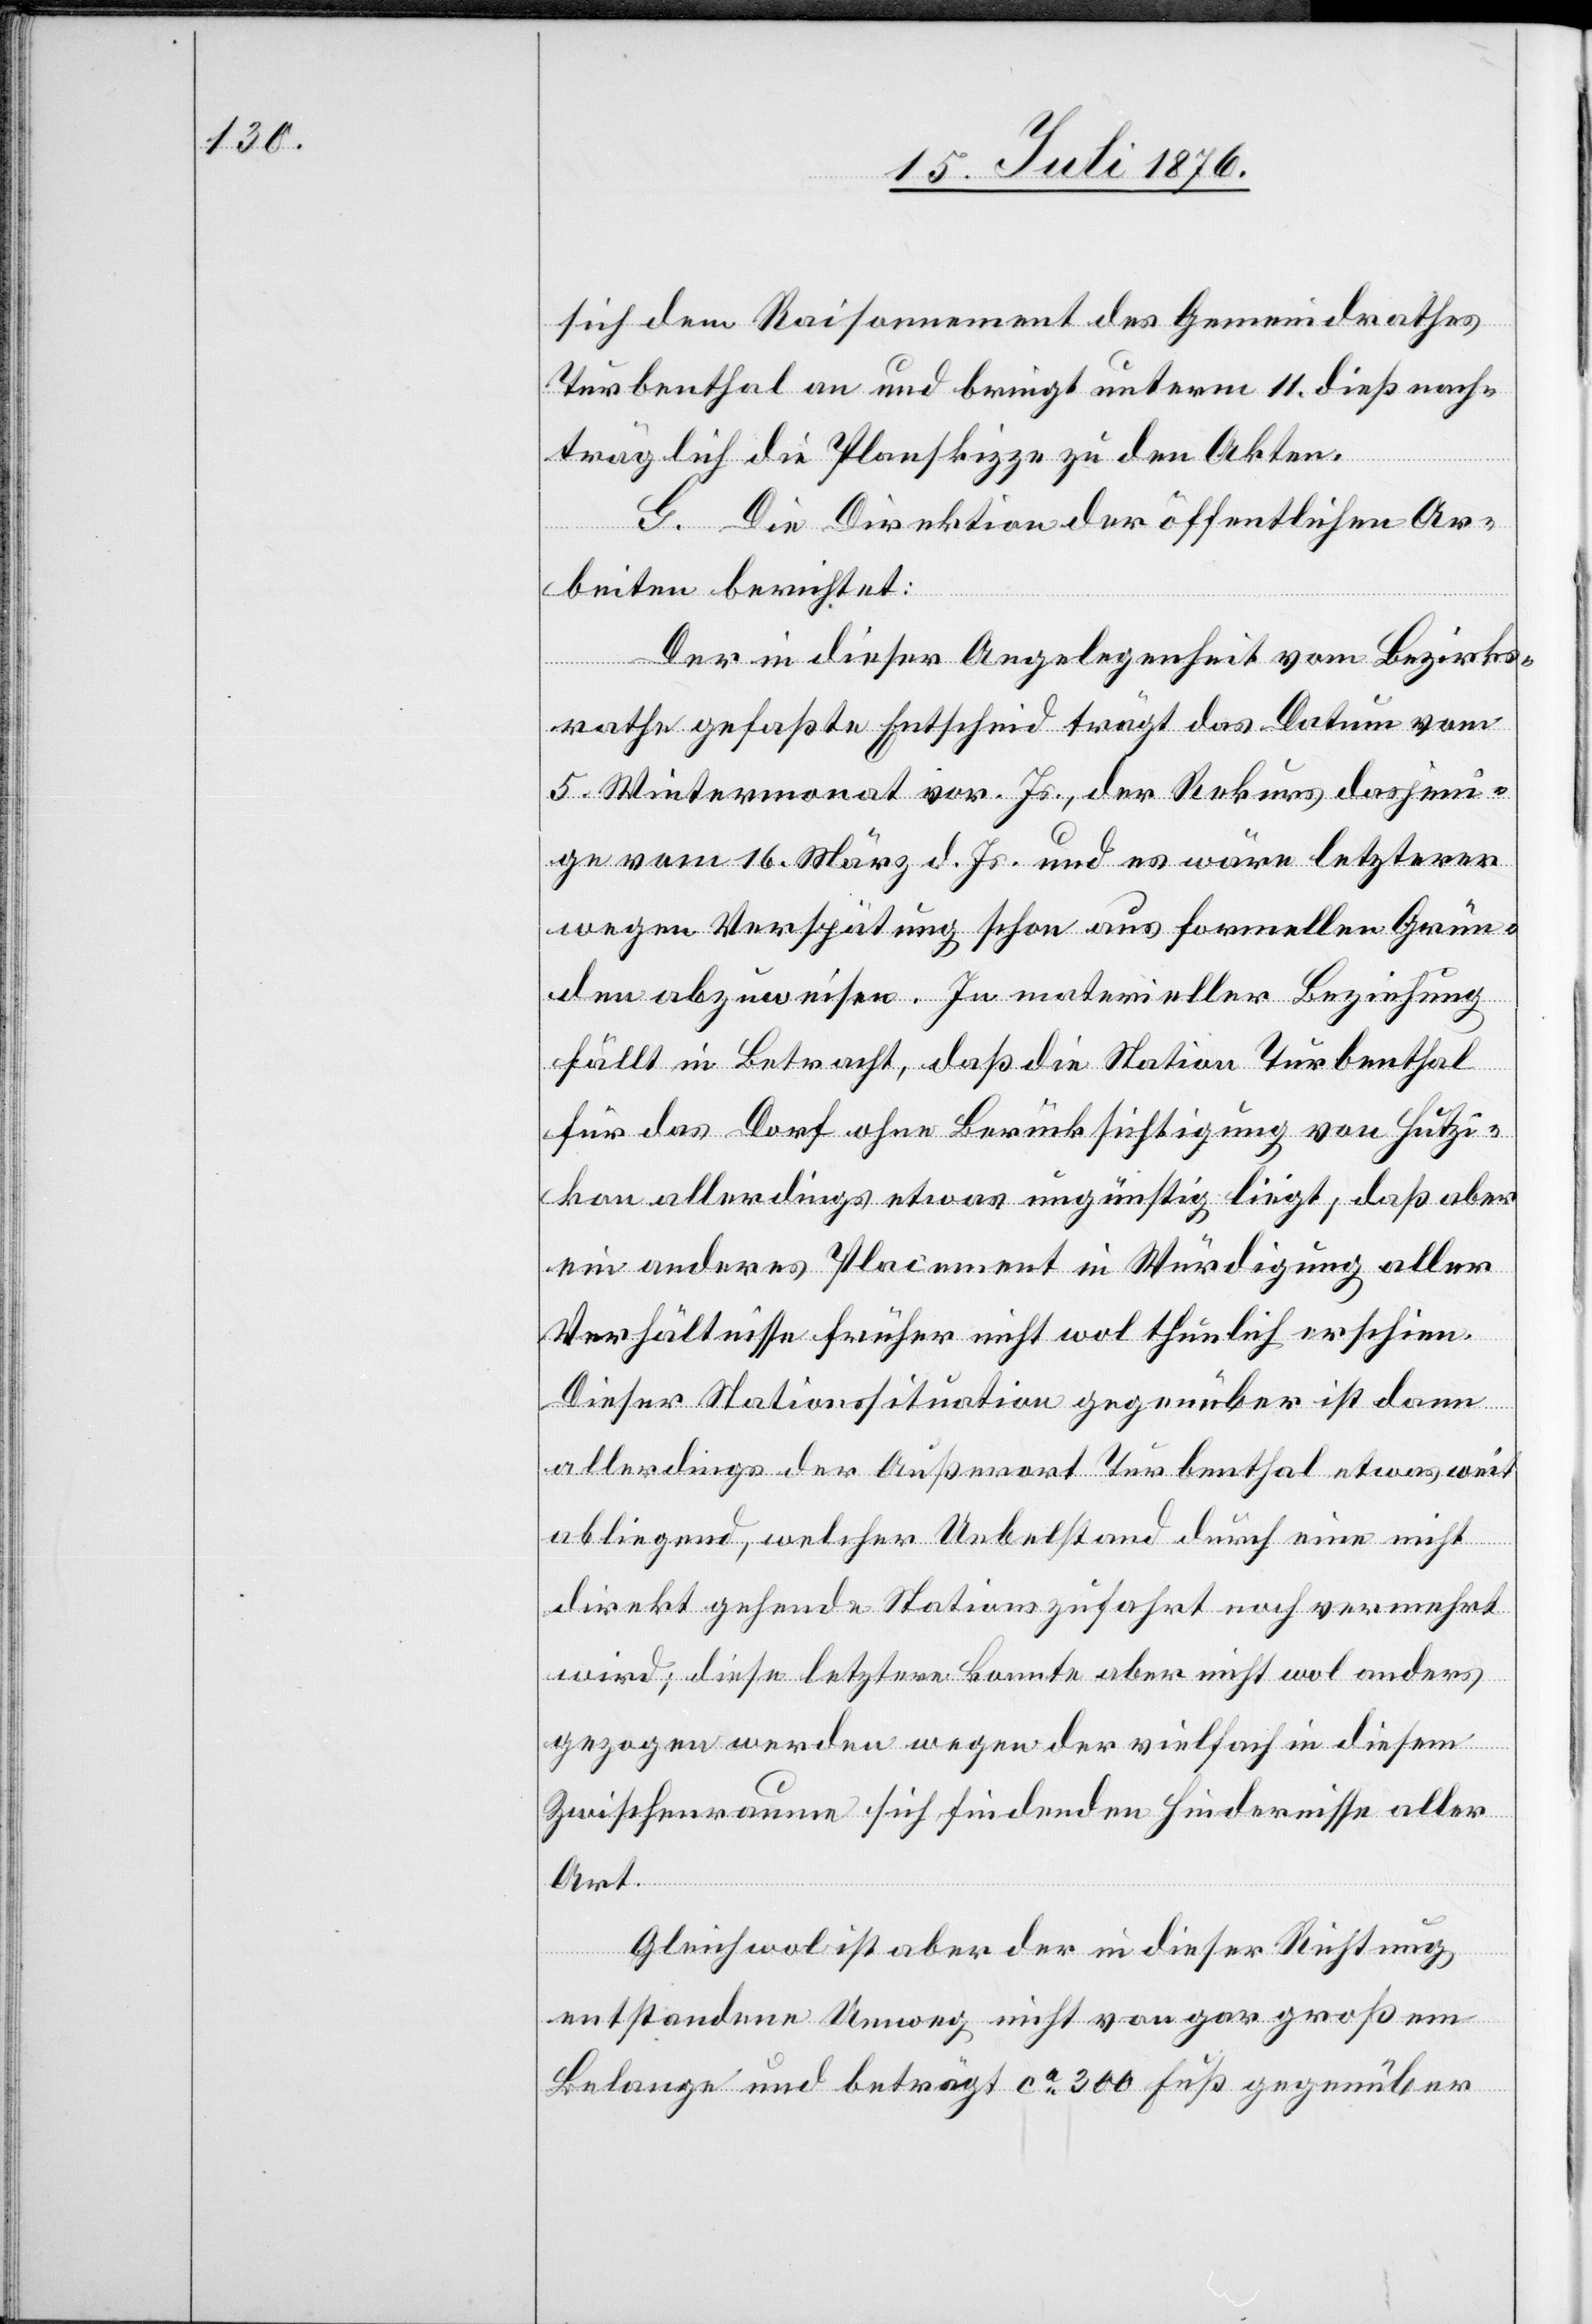
sich dem Raisonnement des Gemeindrathes
Turbenthal an und bringt unterm 11. dieß nach¬
träglich die Planskizze zu den Akten.
G. Die Direktion der öffentlichen Ar¬
beiten berichtet:
Der in dieser Angelegenheit vom Bezirks¬
rathe gefaßte Entscheid trägt das Datum vom
5. Wintermonat vor. Js., der Rekurs dasjeni¬
ge vom 16. März d. Js. und es wäre letzterer
wegen Verspätung schon aus formellen Grün¬
den abzuweisen. In materieller Beziehung
fällt in Betracht, das die Station Turbenthal
für das Dorf ohne Berücksichtigung von Hutzi¬
kon allerdings etwas ungünstig liegt, daß aber
ein anderes Placement in Würdigung aller
Verhältnisse früher nicht wol thunlich erscheine.
Dieser Stationssituation gegenüber ist dann
allerdings der Außerort Turbenthal etwas wie
abliegend, welcher Uebelstand durch eine nicht
direkt gehende Stationszufahrt noch vermehrt
wird; diese letztere konnte aber nicht wol anders
gezogen werden wegen der vielfach in diesem
Zwischenraume sich findenden Hindernisse aller
Art.
Gleichwol ist aber der in dieser Richtung
entstandene Umweg nicht von gar großem
Belange und beträgt ca 300 Fuß gegenüber